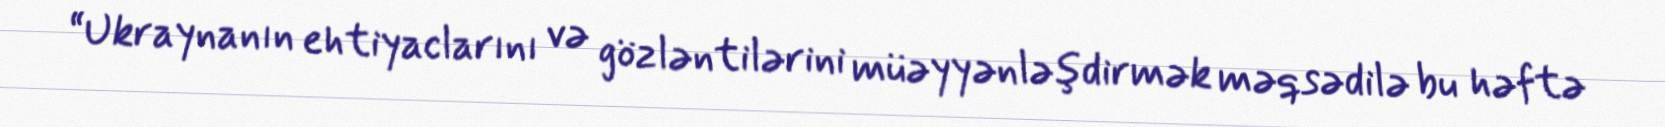
“Ukraynanın ehtiyaclarını və gözləntilərini müəyyənləşdirmək məqsədilə bu həftə